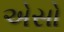
એસો